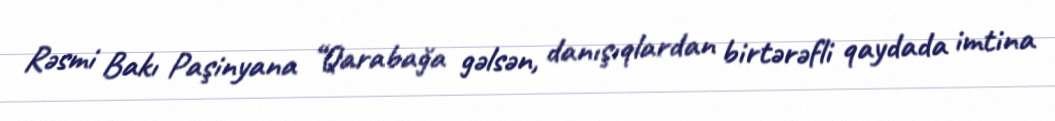
Rəsmi Bakı Paşinyana “Qarabağa gəlsən, danışıqlardan birtərəfli qaydada imtina